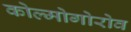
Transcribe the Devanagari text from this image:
कोल्मोगोरोव